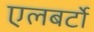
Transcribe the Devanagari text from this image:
एलबर्टो